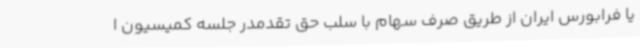
یا فرابورس ایران از طریق صرف سهام با سلب حق تقدمدر جلسه کمیسیون ا